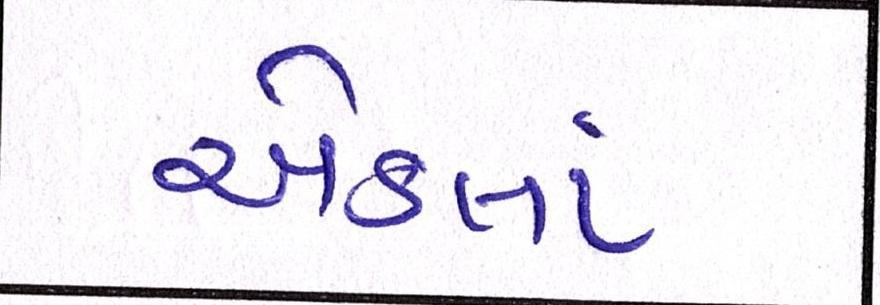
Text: એકલાં